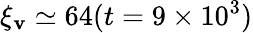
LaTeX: \xi_{\mathbf{v}}\simeq64(t=9\times10^{3})